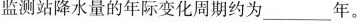
监测站降水量的年际变化周期约为_____年。